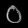
Digit: ၀